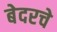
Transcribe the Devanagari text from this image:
बेदरचे